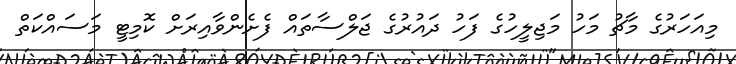
މިއަހަރުގެ މާޗު މަހު މަޖިލީހުގެ ފަހު ދައުރުގެ ޖަލްސާތައް ފެށެންވާއިރަށް ކޮމިޓީ މަސައްކަތް